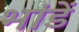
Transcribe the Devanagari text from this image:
भांडें